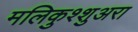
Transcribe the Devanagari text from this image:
मलिकुश्शुअरा